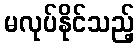
မလုပ်နိုင်သည့်